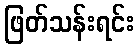
ဖြတ်သန်းရင်း